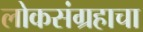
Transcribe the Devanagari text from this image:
लोकसंग्रहाचा